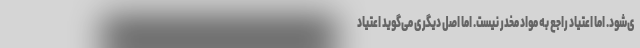
ی‌شود. اما اعتیاد راجع به مواد مخدر نیست. اما اصل دیگری می‌گوید اعتیاد